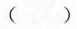
()